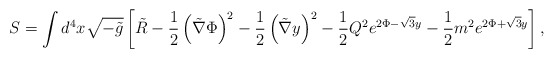
\begin{align*}S=\int d^4 x \sqrt{-\tilde{g}} \left[ \tilde{R} -\frac{1}{2} \left( \tilde{\nabla} \Phi \right)^2 -\frac{1}{2} \left( \tilde{\nabla} y \right)^2 -\frac{1}{2} Q^2 e^{2\Phi -\sqrt{3}y} -\frac{1}{2} m^2 e^{2\Phi +\sqrt{3}y} \right] ,\end{align*}